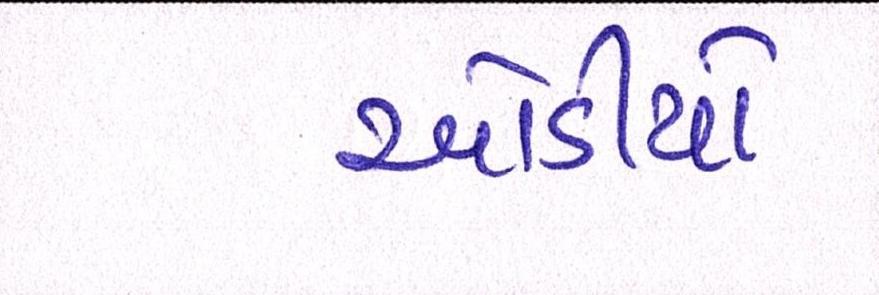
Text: ઓડીયો